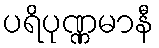
ပရိပုဏ္ဏမာနီ